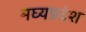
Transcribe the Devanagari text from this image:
मघ्‍यप्रदेश